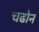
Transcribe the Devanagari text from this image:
चढोन